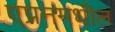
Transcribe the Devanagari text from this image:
एप्रनमधील